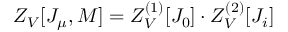
Z _ { V } [ J _ { \mu } , M ] = Z _ { V } ^ { ( 1 ) } [ J _ { 0 } ] \cdot Z _ { V } ^ { ( 2 ) } [ J _ { i } ]